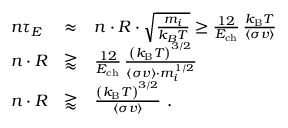
\begin{array} { l l l } { n \tau _ { E } } & { \approx } & { n \cdot R \cdot { \sqrt { \frac { m _ { i } } { k _ { B } T } } } \geq { \frac { 1 2 } { E _ { \mathrm { { c h } } } } } \, { \frac { k _ { \mathrm { { B } } } T } { \langle \sigma v \rangle } } } \\ { n \cdot R } & { \gtrapprox } & { { \frac { 1 2 } { E _ { \mathrm { { c h } } } } } \, { \frac { \left( k _ { \mathrm { { B } } } T \right) ^ { 3 / 2 } } { \langle \sigma v \rangle \cdot m _ { i } ^ { 1 / 2 } } } } \\ { n \cdot R } & { \gtrapprox } & { { \frac { \left( k _ { \mathrm { { B } } } T \right) ^ { 3 / 2 } } { \langle \sigma v \rangle } } { \mathrm { ~ . } } } \end{array}